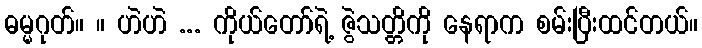
ဓမ္မဂုတ်။ ။ ဟဲဟဲ ... ကိုယ်တော်ရဲ့ ဇွဲသတ္တိကို နေရာက စမ်းပြီးထင်တယ်။